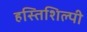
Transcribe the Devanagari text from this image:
हस्तिशिल्पी